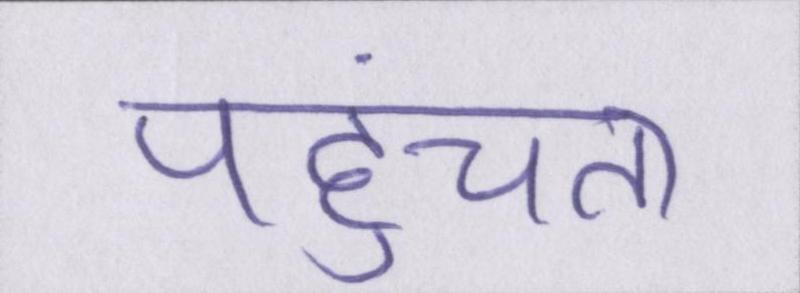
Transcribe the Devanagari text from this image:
पहुंचता